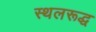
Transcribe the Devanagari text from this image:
स्थलरूद्ध